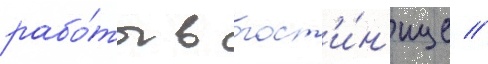
рабо́ты в гост'и́н'ице //